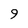
Character: 9